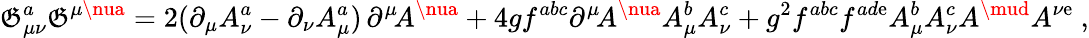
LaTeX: \mathfrak{G}_{\mu\nu}^{a}\mathfrak{G}^{\mu\nua}=2(\partial_{\mu}A_{\nu}^{a}-\partial_{\nu}A_{\mu}^{a})\, \partial^{\mu}\! A^{\nua}+4gf^{abc}\partial^{\mu}\! A^{\nua}A_{\mu}^{b}A_{\nu}^{c}+g^{2}f^{abc}f^{ad\mathrm{e}}A_{\mu}^{b}A_{\nu}^{c}A^{\mud}A^{\nu\mathrm{e}}\ ,